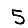
Digit: 5